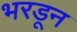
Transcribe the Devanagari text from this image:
भरडून